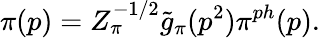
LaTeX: \pi(p)=Z_{\pi}^{-1/2}\tilde{g}_{\pi}(p^{2})\pi^{ph}(p).